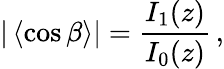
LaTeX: |\left\langle\cos\beta\right\rangle|=\frac{I_{1}(z)}{I_{0}(z)}\, ,